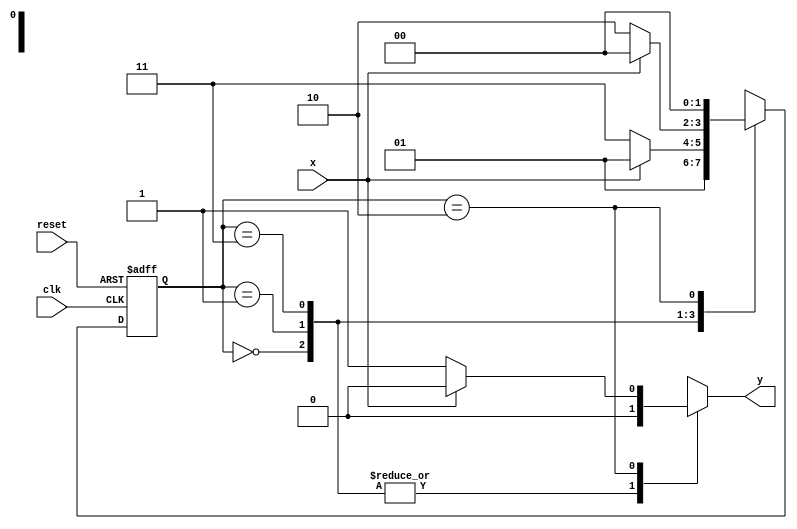
// -------------------------
// Exemplo0055 - Mealy (x000)
// Nome: Rayan Darwin 
// ------------------------- 

//------
//--Mealy FSM
//------

//constant definitions
`define found 1
`define notfound 0

//FSM by Mealy
module mealyx000(y, x, clk, reset);
	output y;
	input x;
	input clk;
	input reset;
	
	reg y;

	parameter //state identifiers
	start = 2'b00, 
	id1 = 2'b01, 
	id11 = 2'b11, 
	id110 = 2'b10;

	reg[1:0]E1; //current state variables
	reg[1:0]E2; //next stat logic output

	//next state logic
	always @(x or E1) begin
		y = `notfound;
	case(E1)
	start:
		if(x)
			E2 = id1;
		else
			E2 = id1;
	
	id1:
		if(x)
			E2 = id1;
		else
			E2 = id11;
	
	id11:
		if(x)
			E2 = start;
		else
			E2 = id110;

   id110:
		if(x) begin
			E2 = start;
			y = `notfound;
		end
		else begin
			E2 = start;
			y = `found;
		end
	
	default:  //undefined state
		E2 = 2'bxx;
	endcase
	
	end // always at signal or state changing

	//state variables
	always @(posedge clk or negedge reset) begin
		if(reset)
			E1 = E2; //updates current state
		else
			E1 = 0; //reset

	end // always at signal changing

endmodule // mealyx000	

module testMealyx000; 
	reg clk, reset, x; 
	wire m1; 
		
		mealyx000 mealy1 ( m1, x, clk, reset ); 

	initial begin 
		$display ("Exemplo0055 - Rayan Darwin - 412770");
		$display ( "Time 	X  Mealy" ); 
		
		// initial values 
		clk = 1; 
		reset = 0; 
		x = 0; 
		
		// input signal changing 
		#5 reset = 1; 
		#10 x = 1; 
		#10 x = 0; 
		#10 x = 0; 
		#10 x = 0; 
		#10 x = 1; 
		#10 x = 0; 
		#10 x = 0;
		#10 x = 1; 
		#10 x = 1; 
		#10 x = 1;
		#10 x = 0;
		#10 x = 0; 
		#10 x = 0;  
		#10 x = 0;
		#10 x = 0; 
		#10 x = 0;
		#30 $finish; 
		
	end // initial 
		
	always 
		#5 clk = ~clk; 
		
	always @( posedge clk ) begin 
		$display ( "%4d %4b %4b", $time, x, m1 ); 
	
	end // always at positive edge clocking changing 

endmodule // testMealyx000